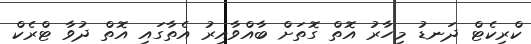
ކްރިކެޓް ދަނޑު މިހާރު އޮތް ގޮތަށް ބާއްވާއިރު އެތާގައި އޮތް ދުވާ ޓްރެކް